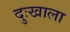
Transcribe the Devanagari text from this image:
दुःखाला